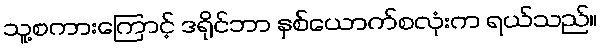
သူ့စကားကြောင့် ဒရိုင်ဘာ နှစ်ယောက်စလုံးက ရယ်သည်။